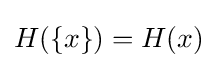
H(\{x\})=H(x)